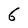
Character: 6